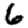
Digit: 6